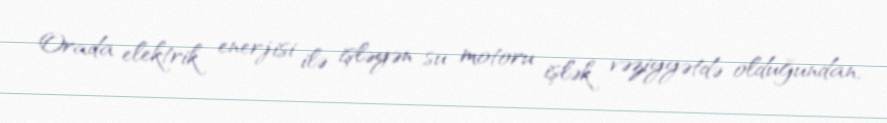
Orada elektrik enerjisi ilə işləyən su motoru işlək vəziyyətdə olduğundan,